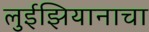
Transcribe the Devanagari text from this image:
लुईझियानाचा